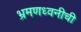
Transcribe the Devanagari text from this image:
भ्रमणध्वनीची